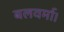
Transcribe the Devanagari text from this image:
बलवर्मा।